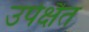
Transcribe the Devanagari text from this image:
उपेक्षैत